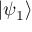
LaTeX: | \psi _ { 1 } \rangle